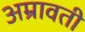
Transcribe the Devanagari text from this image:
अम्रावती